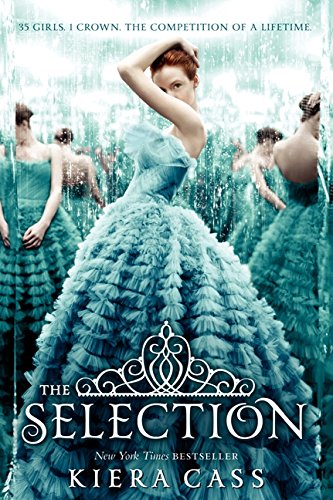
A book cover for The Selection; Kiera Cass; Teen & Young Adult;